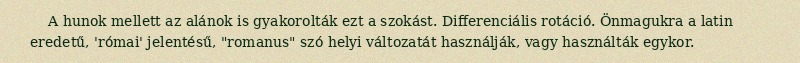
A hunok mellett az alánok is gyakorolták ezt a szokást. Differenciális rotáció. Önmagukra a latin eredetű, 'római' jelentésű, "romanus" szó helyi változatát használják, vagy használták egykor.